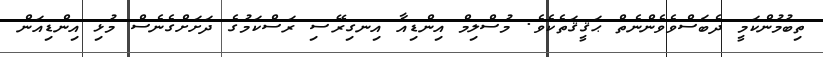
ތިބުމުންކަމީ ދެބަސްވެވެންނެތް ޙަޤީޤަތެކެވެ. މުސްލިމް އިންޑިއާ އިނގިރޭސި ރަސްކަމުގެ ދަށަށްގެނެސް މުޅި އިންޑިއަން